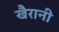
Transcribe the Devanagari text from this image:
खैरानी